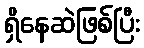
ရှိနေဆဲဖြစ်ပြီး